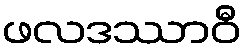
ဖလဒဿာဝီ